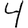
Digit: 4